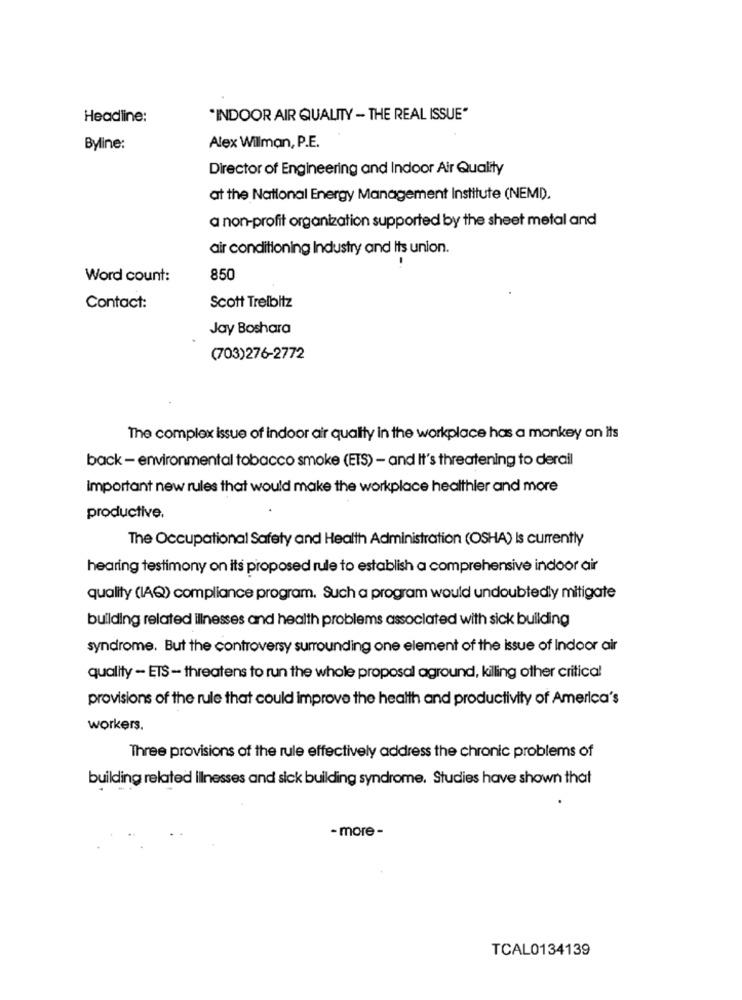
Headline:
"INDOOR AIR QUALITY - THE REAL ISSUE"
Byline:
Alex Wilman, P.E.
Director of Engineering and Indoor Air Quality
at the National Energy Management Institute (NEMD).
a non-profit organization supported by the sheet metal and
air conditioning Industry and its union.
Word count:
850
Contact:
Scott Trelbitz
Jay Boshara
(703)276-2772
The complex issue of indoor air quality in the workplace has a monkey on its
back - environmental tobacco smoke (ETS) - and It's threatening to derail
important new rules that would make the workplace healthier and more
productive.
The Occupational Safety and Health Administration (OSHA) Is currently
hearing testimony on its proposed rule to establish a comprehensive indoor air
quality (IAQ) compliance program. Such a program would undoubtedly mitigate
building related ilnesses and health problems associated with sick building
syndrome. But the controversy surrounding one element of the issue of Indoor air
quality - ETS- threatens to run the whole proposal aground, killing other critica!
provisions of the rule that could improve the health and productivity of America's
workers.
Three provisions of the rule effectively address the chronic problems of
building related Ilnesses and sick building syndrome. Studies have shown that
- more -
TCAL0134139